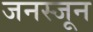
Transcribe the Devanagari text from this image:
जनस्जून